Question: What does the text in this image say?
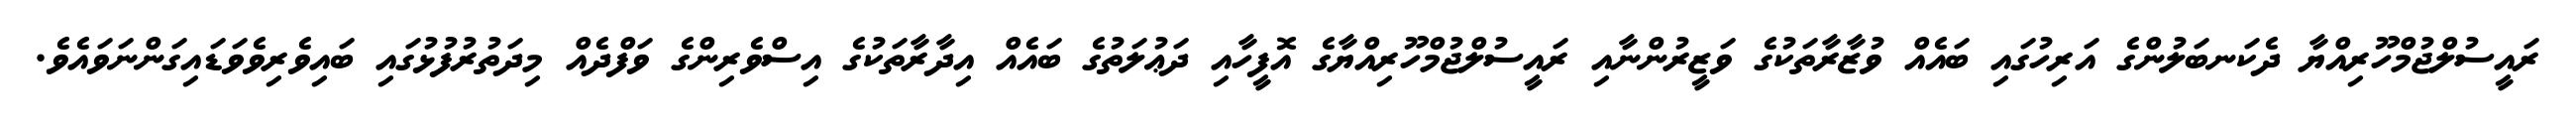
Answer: ރައީސުލްޖުމްހޫރިއްޔާ ދެކަނބަލުންގެ އަރިހުގައި ބައެއް ވުޒާރާތަކުގެ ވަޒީރުންނާއި ރައީސުލްޖުމްހޫރިއްޔާގެ އޮފީހާއި ދަޢުލަތުގެ ބައެއް އިދާރާތަކުގެ އިސްވެރިންގެ ވަފްދެއް މިދަތުރުފުޅުގައި ބައިވެރިވެވަޑައިގަންނަވައެވެ.